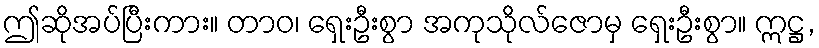
ဤဆိုအပ်ပြီးကား။ တာဝ၊ ရှေးဦးစွာ အကုသိုလ်ဇောမှ ရှေးဦးစွာ။ ဣဋ္ဌ,